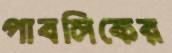
পাবলিকের